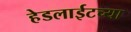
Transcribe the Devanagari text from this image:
हेडलाईटच्या